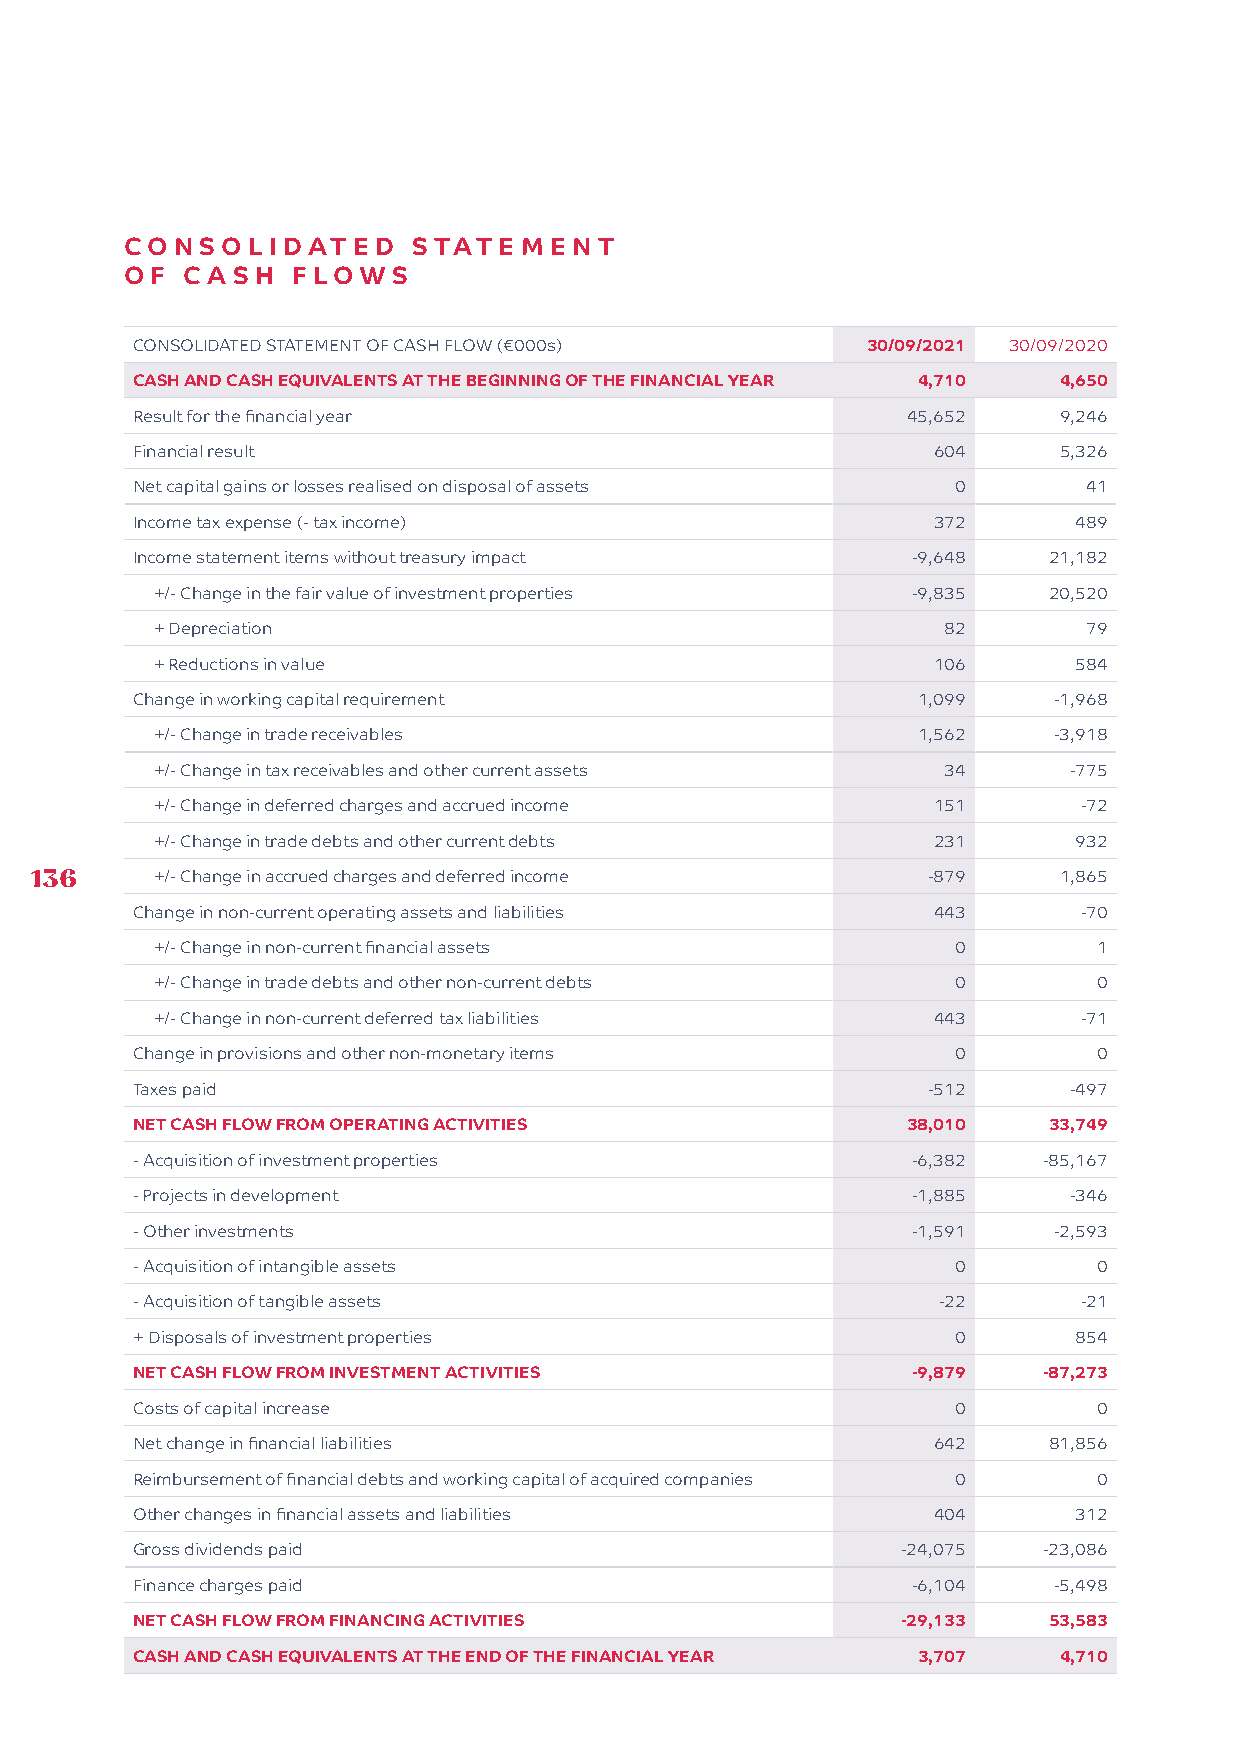
CON  SOLIDATED     STATEMEN     T
 OF  C A SH FLOWS
 CONSOLIDATED STATEMENT OF CASH FLOW (€000s)     30/09/2021 30/09/2020
 CASH AND CASH EQUIVALENTS AT THE BEGINNING OF THE FINANCIAL YEAR 4,710 4,650
 Result for the financial year                      45,652    9,246
 Financial result                                     604     5,326
 Net capital gains or losses realised on disposal of assets 0   41
 Income tax expense (- tax income)                    372      489
 Income statement items without treasury impact     -9,648   21,182
 +/- Change in the fair value of investment properties -9,835 20,520
 + Depreciation                                      82        79
 + Reductions in value                               106      584
 Change in working capital requirement               1,099    -1,968
 +/- Change in trade receivables                    1,562    -3,918
 +/- Change in tax receivables and other current assets 34    -775
 +/- Change in deferred charges and accrued income   151      -72
 +/- Change in trade debts and other current debts   231      932
 136     +/- Change in accrued charges and deferred income  -879     1,865
 Change in non-current operating assets and liabilities 443    -70
 +/- Change in non-current financial assets           0         1
 +/- Change in trade debts and other non-current debts 0        0
 +/- Change in non-current deferred tax liabilities  443      -71
 Change in provisions and other non-monetary items     0         0
 Taxes paid                                          -512      -497
 NET CASH FLOW FROM OPERATING ACTIVITIES            38,010   33,749
 - Acquisition of investment properties             -6,382   -85,167
 - Projects in development                          -1,885     -346
 - Other investments                                -1,591    -2,593
 - Acquisition of intangible assets                    0         0
 - Acquisition of tangible assets                     -22      -21
 + Disposals of investment properties                  0       854
 NET CASH FLOW FROM INVESTMENT ACTIVITIES           -9,879   -87,273
 Costs of capital increase                             0         0
 Net change in financial liabilities                  642    81,856
 Reimbursement of financial debts and working capital of acquired companies 0 0
 Other changes in financial assets and liabilities    404      312
 Gross dividends paid                               -24,075  -23,086
 Finance charges paid                               -6,104    -5,498
 NET CASH FLOW FROM FINANCING ACTIVITIES            -29,133  53,583
 CASH AND CASH EQUIVALENTS AT THE END OF THE FINANCIAL YEAR 3,707 4,710